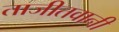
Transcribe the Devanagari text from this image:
ताजीतवानी